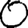
Digit: 0